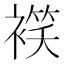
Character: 𧜕